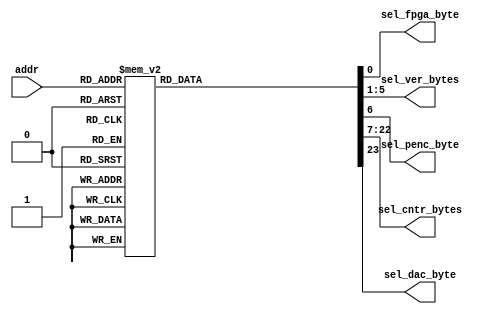
module gen_sel_signals(addr, 
			sel_fpga_byte, 
			sel_ver_bytes, 
			sel_penc_byte, 
			sel_cntr_bytes, 
			sel_dac_byte);

input [4:0] addr;
output sel_fpga_byte;			 
output [4:0] sel_ver_bytes;  
output sel_penc_byte;  
output [15:0] sel_cntr_bytes; 
output sel_dac_byte;
 
reg [31:0] sel_out;

always @(addr) 
case(addr)
0:  sel_out=32'hfffffffe;
1:  sel_out=32'hffffffbd;
2:  sel_out=32'hffffffbb;
3:  sel_out=32'hffffffb7;
4:  sel_out=32'hffffffaf;
5:  sel_out=32'hffffff9f;
6:  sel_out=32'hffffffff;
7:  sel_out=32'hffffff7f;
8:  sel_out=32'hfffffeff;
9:  sel_out=32'hfffffdff;
10:  sel_out=32'hfffffbff;
11:  sel_out=32'hfffff7ff;
12:  sel_out=32'hffffefff;
13:  sel_out=32'hffffdfff;
14:  sel_out=32'hffffbfff;
15:  sel_out=32'hffff7fff;
16:  sel_out=32'hfffeffff;
17:  sel_out=32'hfffdffff;
18:  sel_out=32'hfffbffff;
19:  sel_out=32'hfff7ffff;
20:  sel_out=32'hffefffff;
21:  sel_out=32'hffdfffff;
22:  sel_out=32'hffbfffff;
23:  sel_out=32'hff7fffff;
24:  sel_out=32'hffffffff;
25:  sel_out=32'hffffffff;
26:  sel_out=32'hffffffff;
27:  sel_out=32'hffffffff;
28:  sel_out=32'hffffffff;
29:  sel_out=32'hffffffff;
30:  sel_out=32'hffffffff;
31:  sel_out=32'hffffffff;

endcase

assign sel_fpga_byte = sel_out[0];
assign sel_ver_bytes = sel_out[5:1];
assign sel_penc_byte= sel_out [6];
assign sel_cntr_bytes = {sel_out[22:19],sel_out[18:15],sel_out[14:11],sel_out[10:7]};
assign sel_dac_byte = sel_out[23];

endmodule